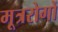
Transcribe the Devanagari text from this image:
मूत्ररोगों